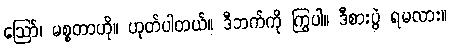
ဪ၊ မစ္စတာဟို။ ဟုတ်ပါတယ်။ ဒီဘက်ကို ကြွပါ။ ဒီစားပွဲ ရမလား။